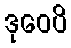
ဒုဝေပိ